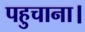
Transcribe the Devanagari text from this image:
पहुचाना।